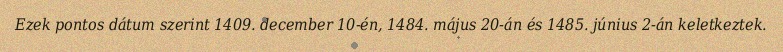
Ezek pontos dátum szerint 1409. december 10-én, 1484. május 20-án és 1485. június 2-án keletkeztek.